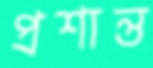
প্রশান্ত